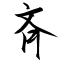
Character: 斉